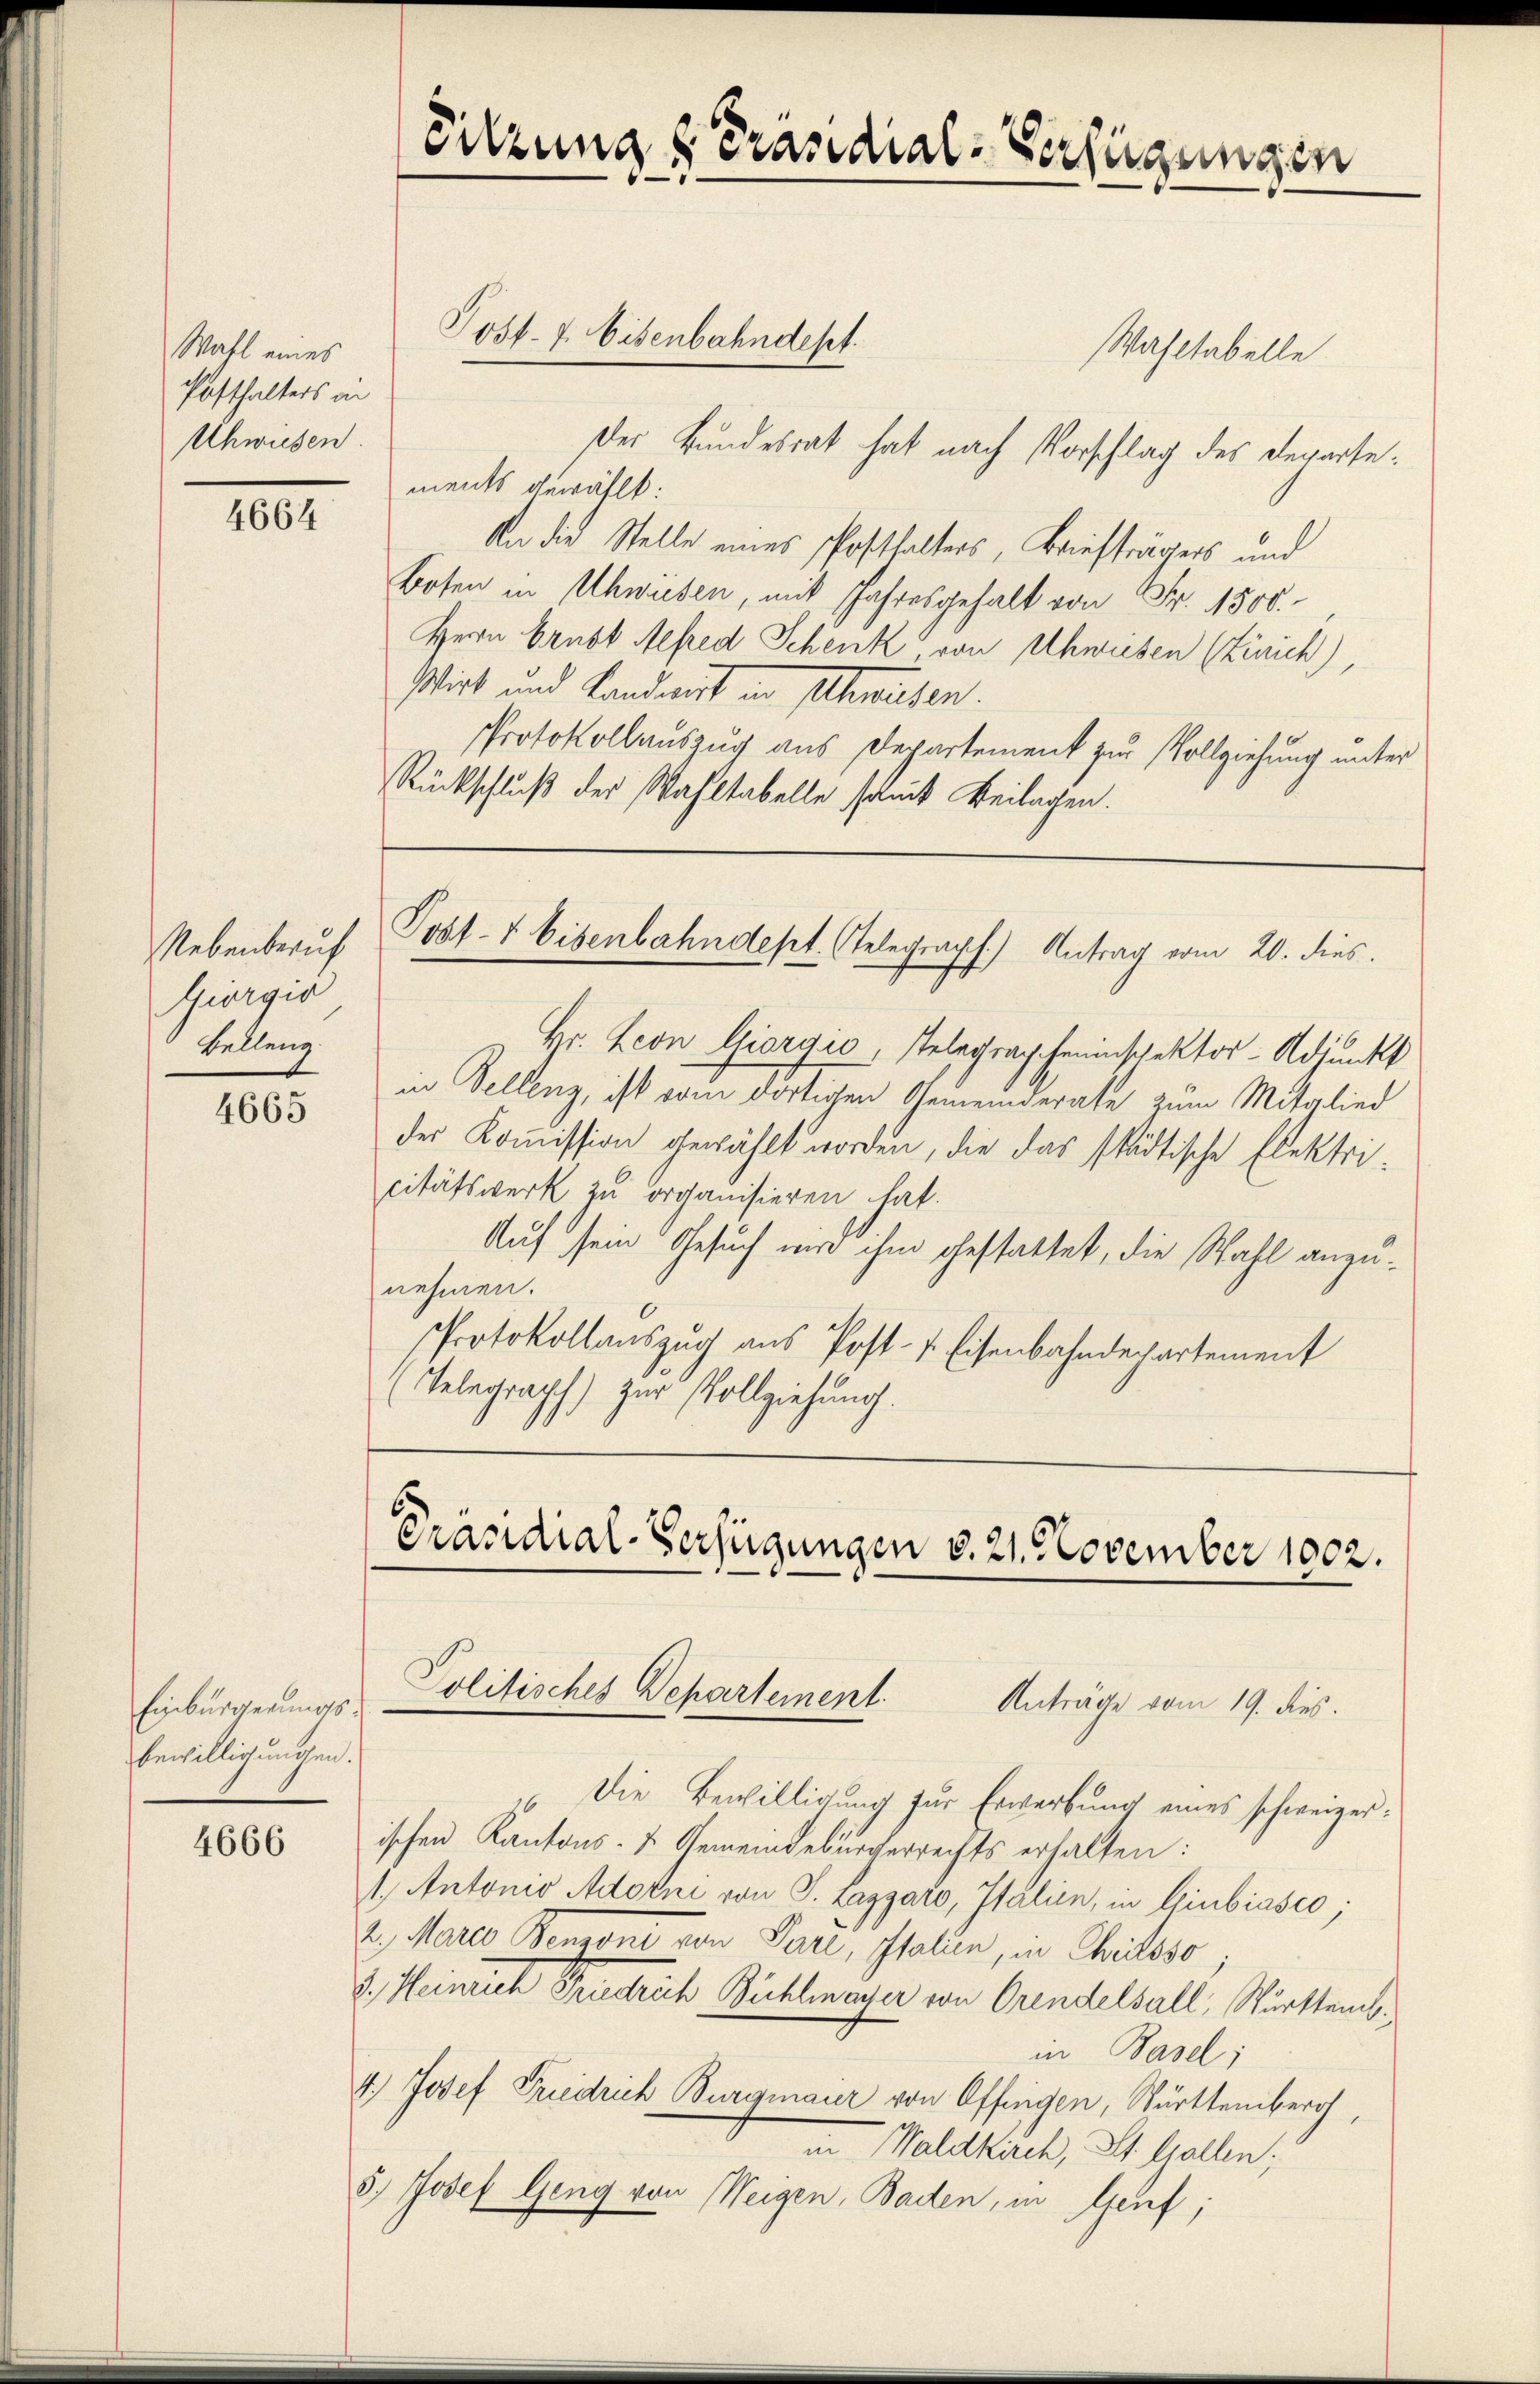
Wahl eines
Posthalters in
Uhwiesen

4664

Nebenberuf
Güerger
Belleng

4665

Einbürgerungsbewilligungen.

4666

Sitzung & Präsidial-Verfügungen

Wahltabelle.
Der Bundesrat hat nach Vorschlag des Departements gewählt:
An die Stelle eines Posthalters, Briefträgers und
Boten in Uhwusen, mit Jahresgehalt von Fr. 1500.
Hern Ernst Alfred Schenk von Uhwiesen (Zürich),
sirt und Landwirt in schweisen.
Protokollauszug aus Departement zur Vollziehung unter
Rückschluß der Wahltabelle soluit Beilagen.

Hr. Leon Giorgić, Telegrapherischektor-Adjunkt
in Vellenz, ist vom dortigen Gemeinderate zum Mitglied
der Koṁission gewählt worden, die das städtische Elektri-
citätswerk zu organisieren hat.
Auf sein Gesuch wird ihm gestattet, die Wahl anzunehmen.
Protokollauszug aus Post- u. Eisenbahndepartement
Telegraph) zur Vollziehung.

Post- 7. Eisenbahndept.

Post- & Eisenbahndept. Telegraph.) Antrag vom 20. dies

Präsidial-Verfügungen v. 21. November 1002.

Politisches Departement.
n

Anträge vom 19. dies
Die Bewilligung für Erwerfung eines schweizerischen Kantons- & Gemeindebürgerrechts erhalten:
1. Antonio Adorni von J. Lazzaro, Italien, in Giubiasco,
2. Mater Benzone von Pare, Italien, in Thiloso
3.) Heinrich Fristrich Bühlmayer von Orendelsall, Württemb.
in Basel;
4.) Josef Friedrich Burgmaier von Offingen, Württemberg,
Waldkirch, St. Gallen;
5.) Josef Geng von Weigen, Baden, in Genf;